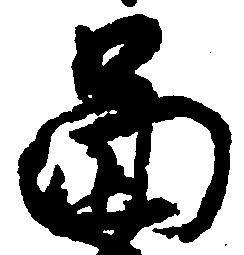
図